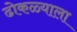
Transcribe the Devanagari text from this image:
ढोकळ्याला